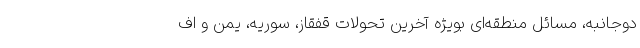
دوجانبه، مسائل منطقه‌ای بویژه آخرین تحولات قفقاز، سوریه، یمن و اف